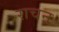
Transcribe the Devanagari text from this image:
राचन